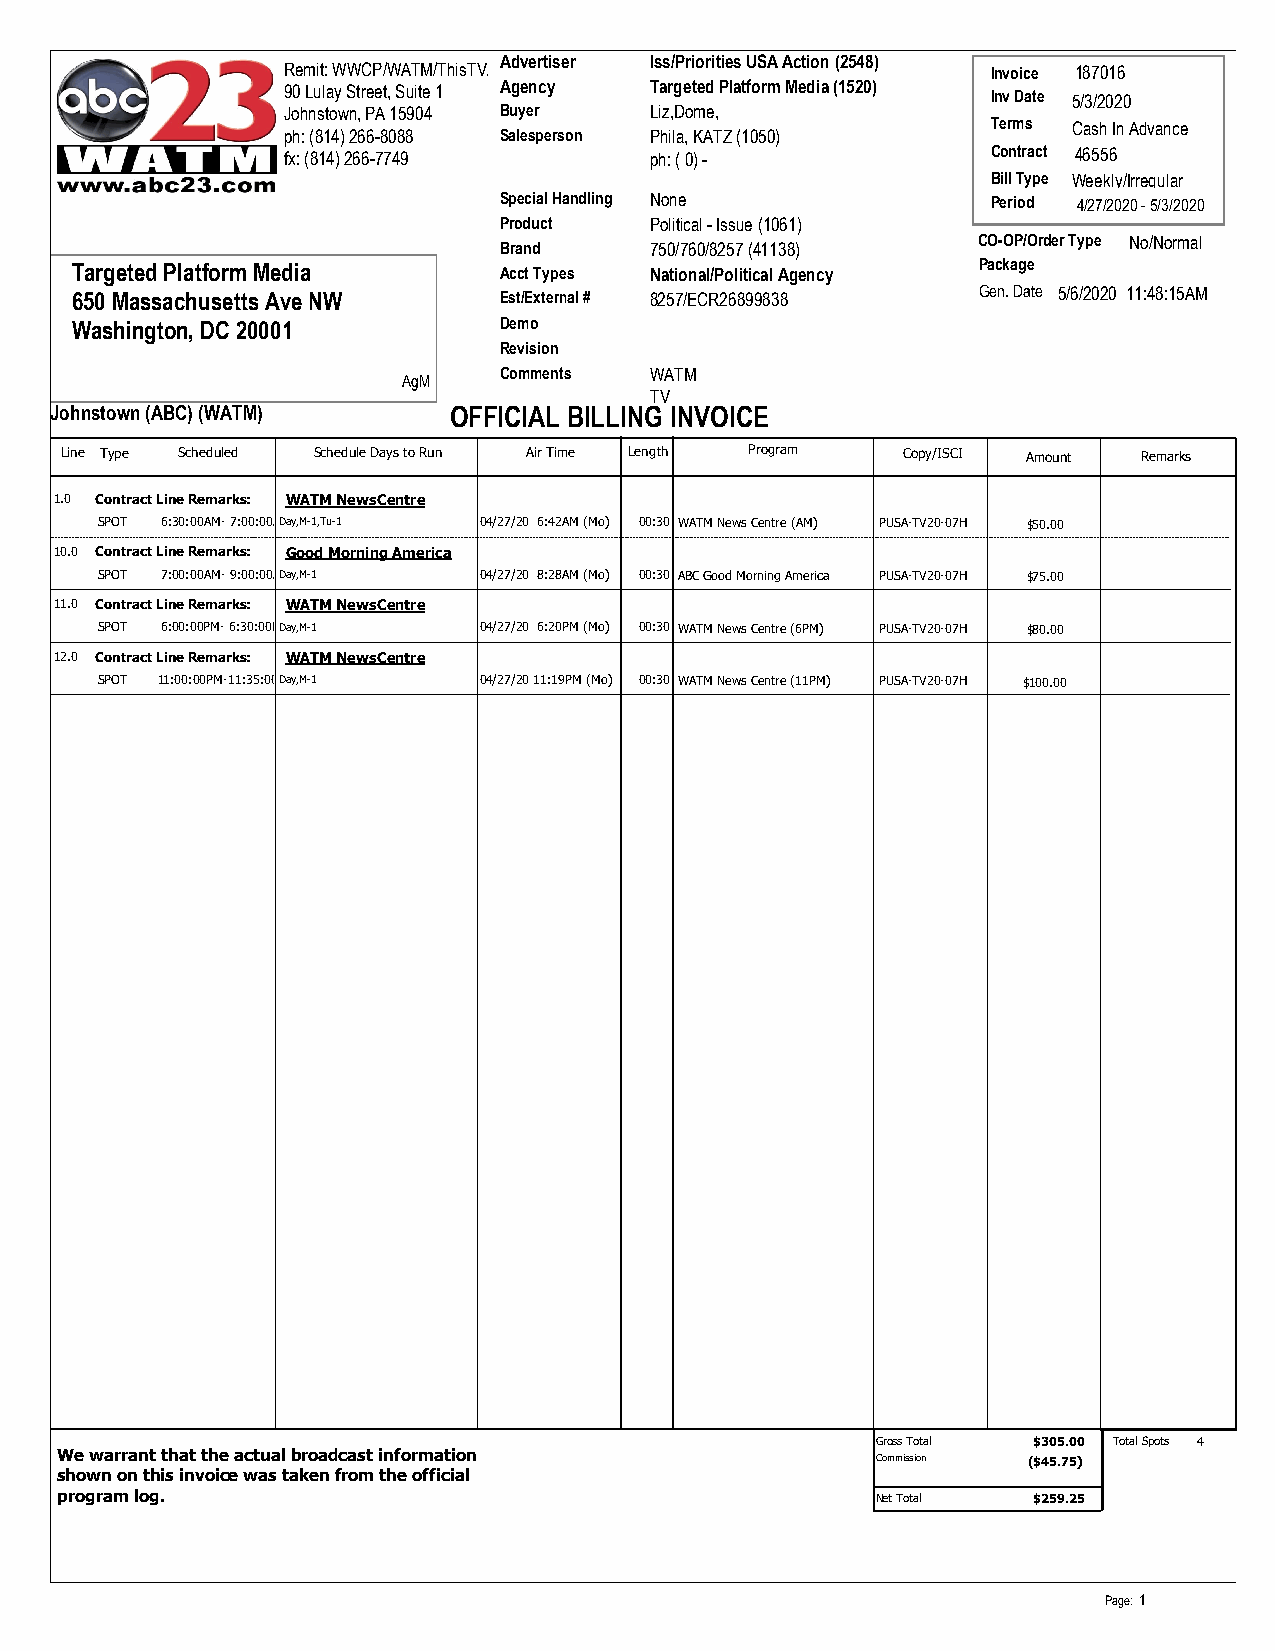
Advertiser Iss/Priorities USA Action (2548)
 Remit: WWCP/WATM/ThisTV/                       Invoice 187016
 90 Lulay Street, Suite 1 Agency Targeted Platform Media (1520) Inv Date 5/3/2020
 Johnstown, PA 15904 Buyer Liz,Dome,
 Terms Cash In Advance
 ph: (814) 266-8088 Salesperson Phila, KATZ (1050)
 fx: (814) 266-7749      ph: ( 0) -             Contract 46556
 Bill Type Weekly/Irregular
 Special Handling None            Period 4/27/2020 - 5/3/2020
 Product   Political - Issue (1061)
 CO-OP/Order Type No/Normal
 Brand     750/760/8257 (41138)
 Targeted Platform Media     Acct Types National/Political Agency Package
 650 Massachusetts Ave NW    Est/External # 8257/ECR26899838 Gen. Date 5/6/2020 11:48:15AM
 Washington, DC 20001        Demo
 Revision
 Comments  WATM
 AgM
 TV
 Johnstown (ABC) (WATM)     OFFICIAL BILLING INVOICE
 Line Type Scheduled Schedule Days to Run Air Time Length Program Copy/ISCI Amount Remarks
 1.0 Contract Line Remarks: WATM NewsCentre
 SPOT 6:30:00AM- 7:00:00ADMay,M-1,Tu-1 04/27/20 6:42AM (Mo) 00:30 WATM News Centre (AM) PUSA-TV20-07H $50.00
 10.0 Contract Line Remarks: Good Morning America
 SPOT 7:00:00AM- 9:00:00ADMay,M-1 04/27/20 8:28AM (Mo) 00:30 ABC Good Morning America PUSA-TV20-07H $75.00
 11.0 Contract Line Remarks: WATM NewsCentre
 SPOT 6:00:00PM- 6:30:00PDMay,M-1 04/27/20 6:20PM (Mo) 00:30 WATM News Centre (6PM) PUSA-TV20-07H $80.00
 12.0 Contract Line Remarks: WATM NewsCentre
 SPOT 11:00:00PM-11:35:00PDMay,M-1 04/27/20 11:19PM (Mo) 00:30 WATM News Centre (11PM) PUSA-TV20-07H $100.00
 Gross Total $305.00 Total Spots 4
 We warrant that the actual broadcast information      Commission ($$4455..7755)
 shown on this invoice was taken from the official
 program log.                                          Net Total $259.25
 Page: 1